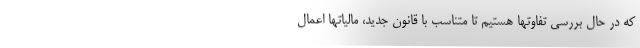
که در حال بررسی تفاوتها هستیم تا متناسب با قانون جدید، مالیاتها اعمال